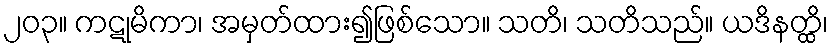
၂၀၃။ ကဋုမိကာ၊ အမှတ်ထား၍ဖြစ်သော။ သတိ၊ သတိသည်။ ယဒိနတ္ထိ၊